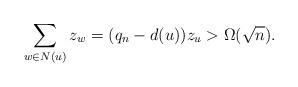
LaTeX: \begin{align*}\sum_{w\in N(u)} z_w = (q_n - d(u)) z_u > \Omega(\sqrt{n}).\end{align*}